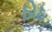
ઠોઠ